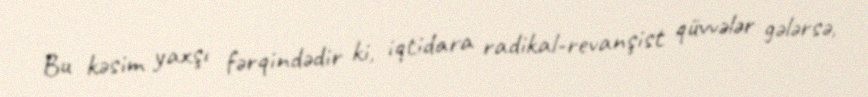
Bu kəsim yaxşı fərqindədir ki, iqtidara radikal-revanşist qüvvələr gələrsə,